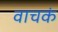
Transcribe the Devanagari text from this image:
वाचकं